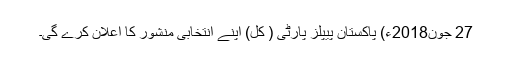
27 جون2018ء) پاکستان پیپلز پارٹی ( کل) اپنے انتخابی منشور کا اعلان کرے گی۔